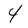
Character: 4